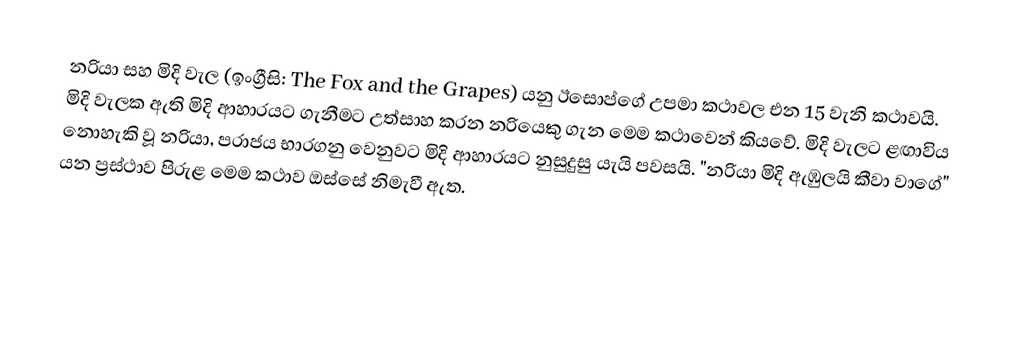
නරියා සහ මිදි වැල (ඉංග්‍රීසි: The Fox and the Grapes) යනු ඊසොප්ගේ උපමා කථාවල එන 15 වැනි කථාවයි. මිදි වැලක ඇති මිදි ආහාරයට ගැනීමට උත්සාහ කරන නරියෙකු ගැන මෙම කථාවෙන් කියවේ. මිදි වැලට ළඟාවිය නොහැකි වූ නරියා, පරාජය භාරගනු වෙනුවට මිදි ආහාරයට නුසුදුසු යැයි පවසයි. "නරියා මිදි ඇඹුලයි කීවා වාගේ" යන ප්‍රස්ථාව පිරුළ මෙම කථාව ඔස්සේ නිමැවී ඇත.